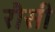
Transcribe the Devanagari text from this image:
रौसी